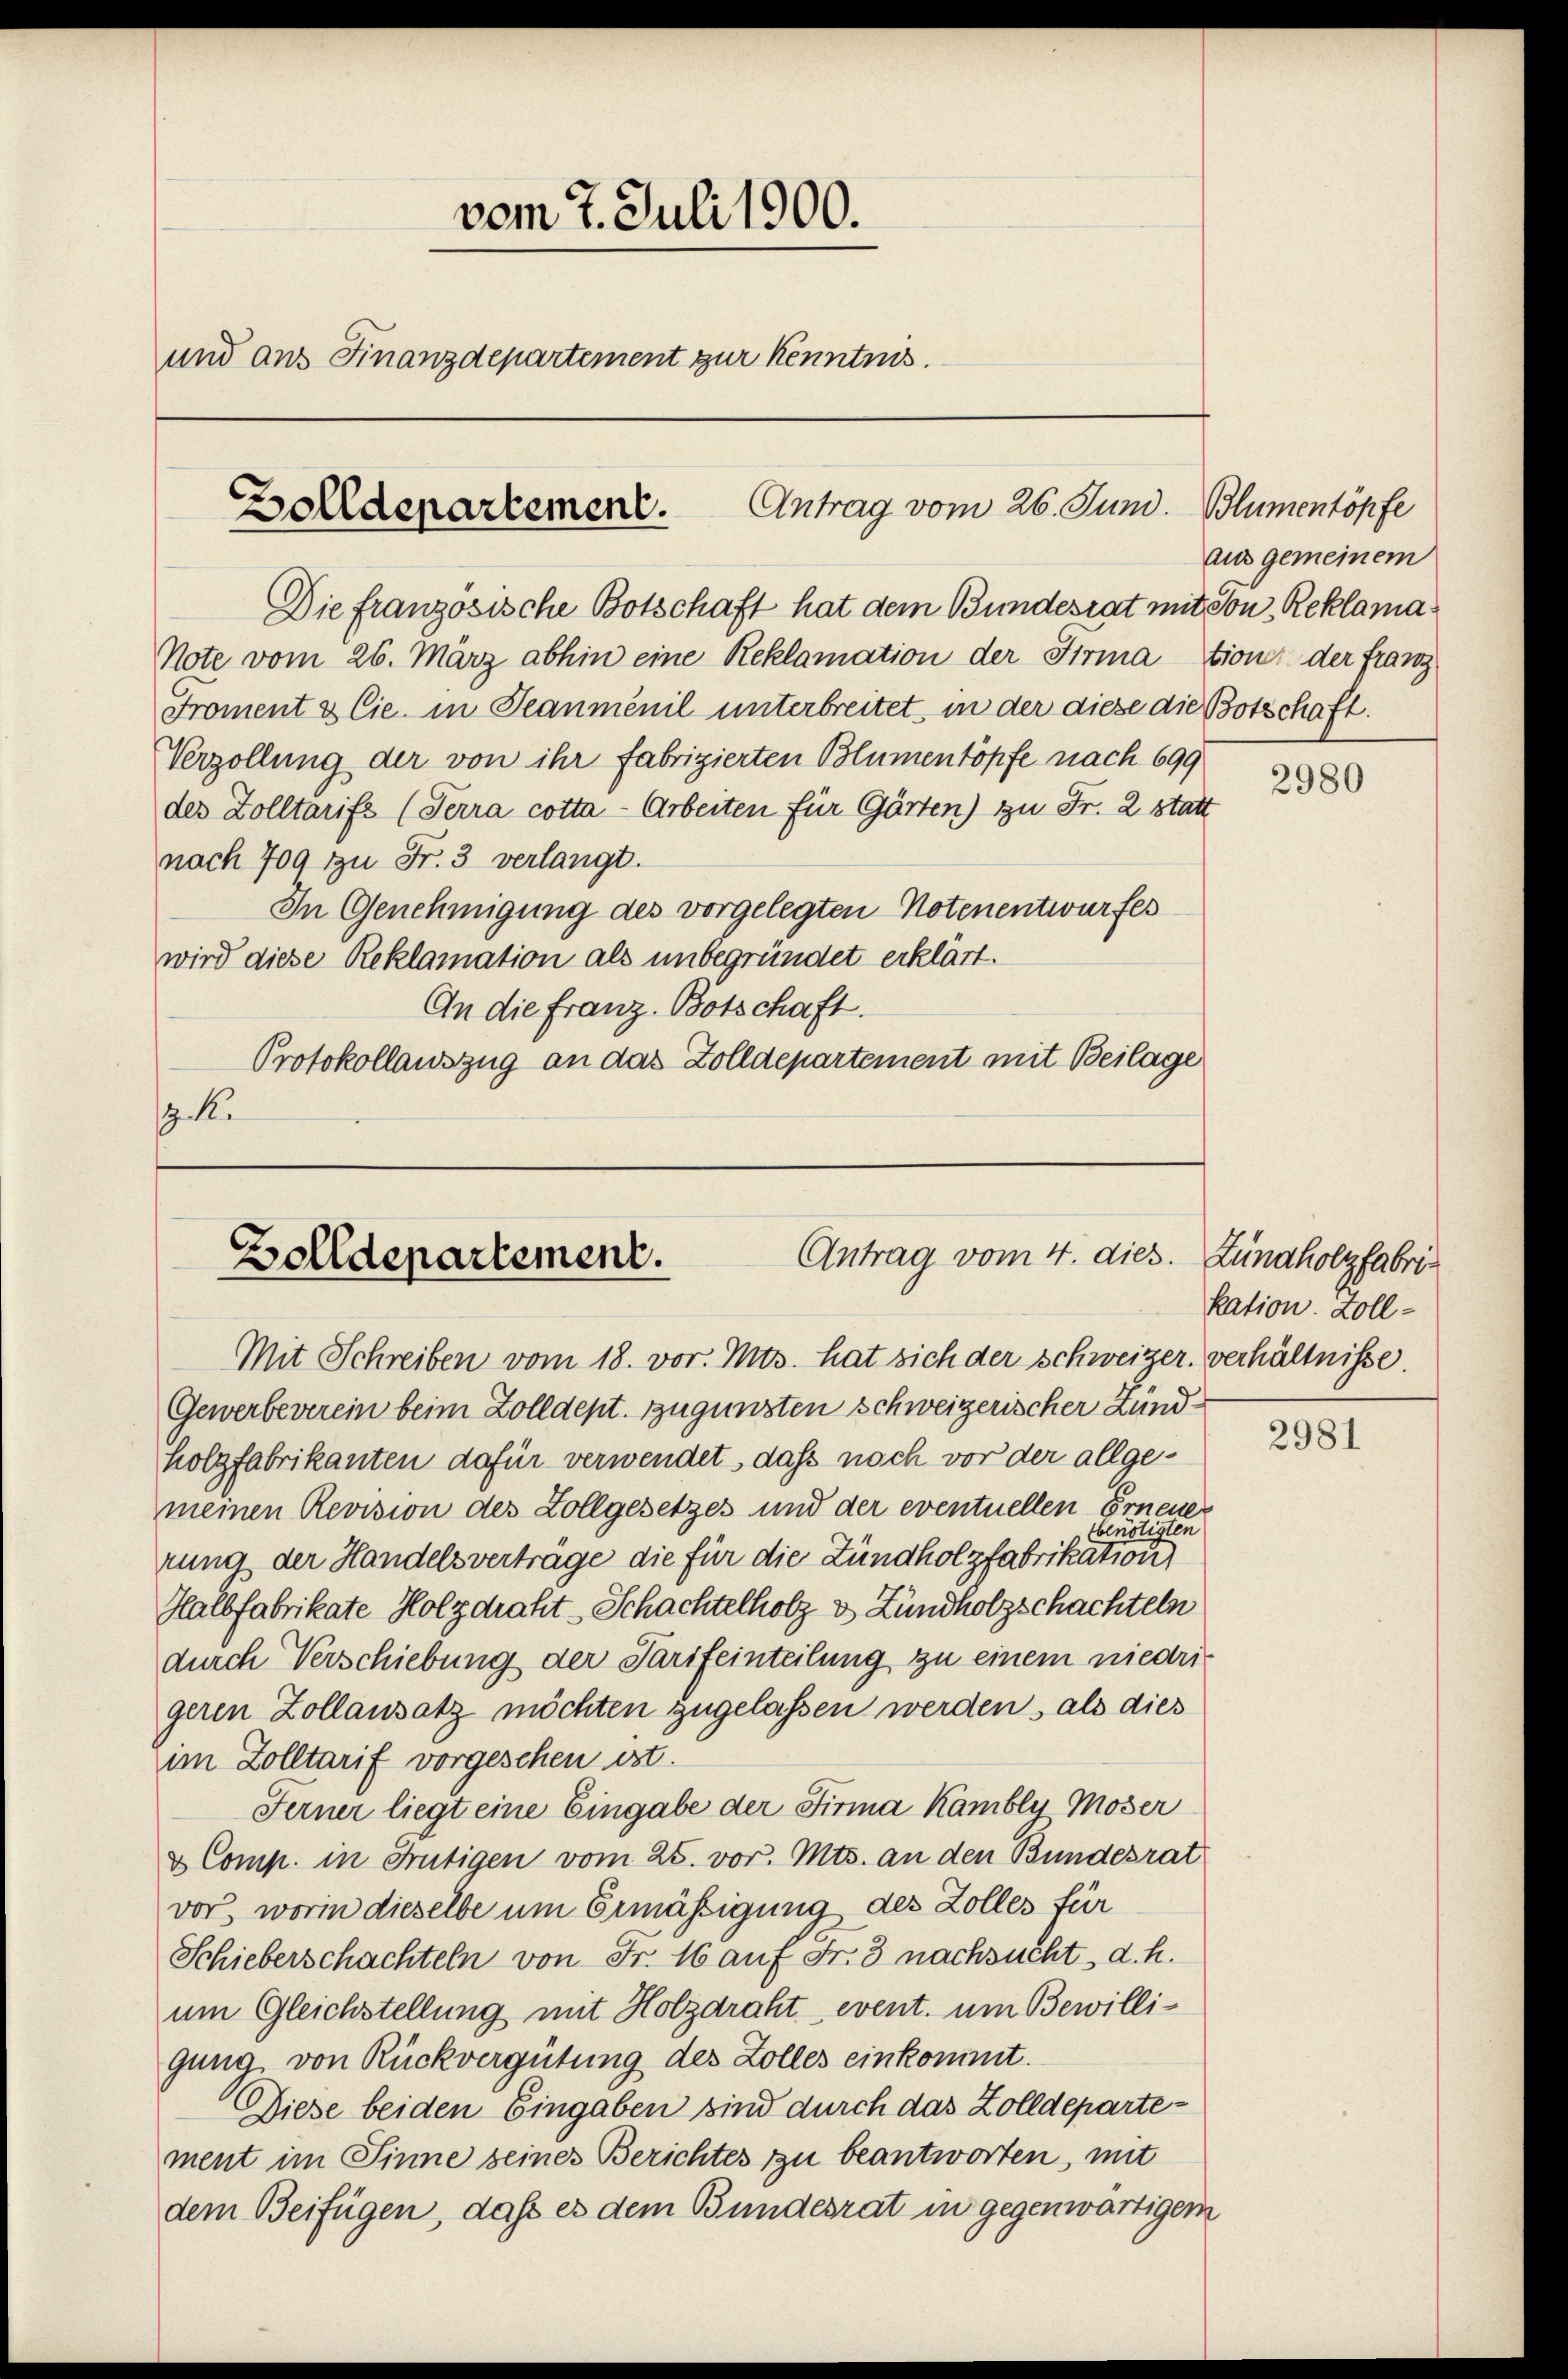
vom 7. Juli 1900.
und aus Finanzdepartement zur Kenntnis.

Antrag vom 26. Juni. Blumentöpfe
Bolldepartement.

Die französische Botschaft hat dem Bundesrat mit von Reklama¬
Note vom 26. März abhin eine Reklamation der Firmation der franz
Froment & Cie in Teanménil unterbreitet, in der diese die Botschaft.
Verzollung der von ihr fabrizierten Blumentöpfe nach 699
des Zolltarife (Terra cotta-Arbeiten für Gärten) zu Fr. 2 statt
nach 709 zu Fr. 3 verlangt.
In Genehmigung des vorgelegten Notenentwurfes
wird diese Reklamation als unbegründet erklärt.
An die Franz Botschaft.
Protokollauszug an das Zolldepartement mit Beilage

e
Antrag vom 4. dies. Zündholzfabri
Bolldepartement.

Mit Schreiben vom 18. vor. Mts. hat sich der Schweizer. Verhältnisse.
Gewerbeverein beim Zolldept. zugunsten schweizerischer Zündholzfabrikanten dafür verwendet, daß nach vor der allgemeinen Revision des Zollgesetzes und der eventuellen Erneue
Elnötigten
rung der Handelsverträge die für die Zündholzfabrikation)
Halbfabrikate Holzdraht-Schachtelholz v Zündholzschachteln
durch Verschiebung der Tarifeinteilung zu einem niedrigeren Zollausatz möchten zugelassen werden als dies
im Zolltarif vorgesehen ist.
Ferner liegt eine Eingabe der Firma Kämbly Moser
& Comp. in Frutigen vom 25. vor. Mts. an den Bundesrat
vor, worin dieselbe um Ermäßigung des Zolles für
Schieberschachteln von Fr. 16 auf Fr. 3 nachsucht, d. h.
um Gleichstellung mit Holzdraht event. um Bewilli-
gung von Rückvergütung des Zolles einkommt.
Diese beiden Eingaben sind durch das Zolldepartement im Sinne seines Berichtes zu beantworten, mit
dem Beifügen, daß es dem Bundesrat in gegenwärtigem

aus gemeinem

2980

kation. Zoll¬

2981